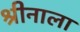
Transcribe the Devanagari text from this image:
श्रीनाला